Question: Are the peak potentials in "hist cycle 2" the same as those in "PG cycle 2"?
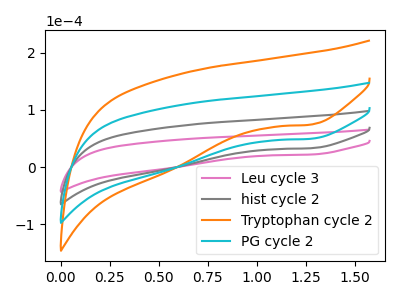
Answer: <think>The pink curve "Leu cycle 3" has a cathodic peak at: (1.30V, 22.10uA). The gray curve "hist cycle 2" has a cathodic peak at: (1.30V, 33.15uA). The orange curve "Tryptophan cycle 2" has a cathodic peak at: (1.30V, 99.40uA). The cyan curve "PG cycle 2" has a cathodic peak at: (1.30V, 66.25uA).</think>
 <answer>Yes, "hist cycle 2" have a peak in "PG cycle 2" at the same potential.</answer>
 <eval>match</eval>